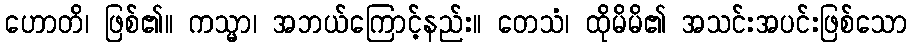
ဟောတိ၊ ဖြစ်၏။ ကသ္မာ၊ အဘယ်ကြောင့်နည်း။ တေသံ၊ ထိုမိမိ၏ အသင်းအပင်းဖြစ်သော